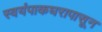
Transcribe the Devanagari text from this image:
स्वयंपाकघरापासून